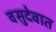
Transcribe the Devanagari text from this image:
वसुदेवात